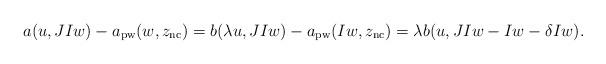
LaTeX: \begin{align*}a(u, JI{w})-a_{\mathrm{pw}}({w},z_{\mathrm{nc}})&=b(\lambda u, JI{w})-a_{\mathrm{pw}}(I{w},z_{\mathrm{nc}})=\lambda b(u, JI{w} -I{w}- \delta I{w}). \end{align*}